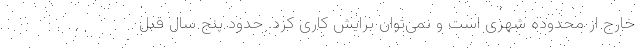
خارج از محدوده شهری است و نمی‌توان برایش کاری کرد. حدود پنج سال قبل